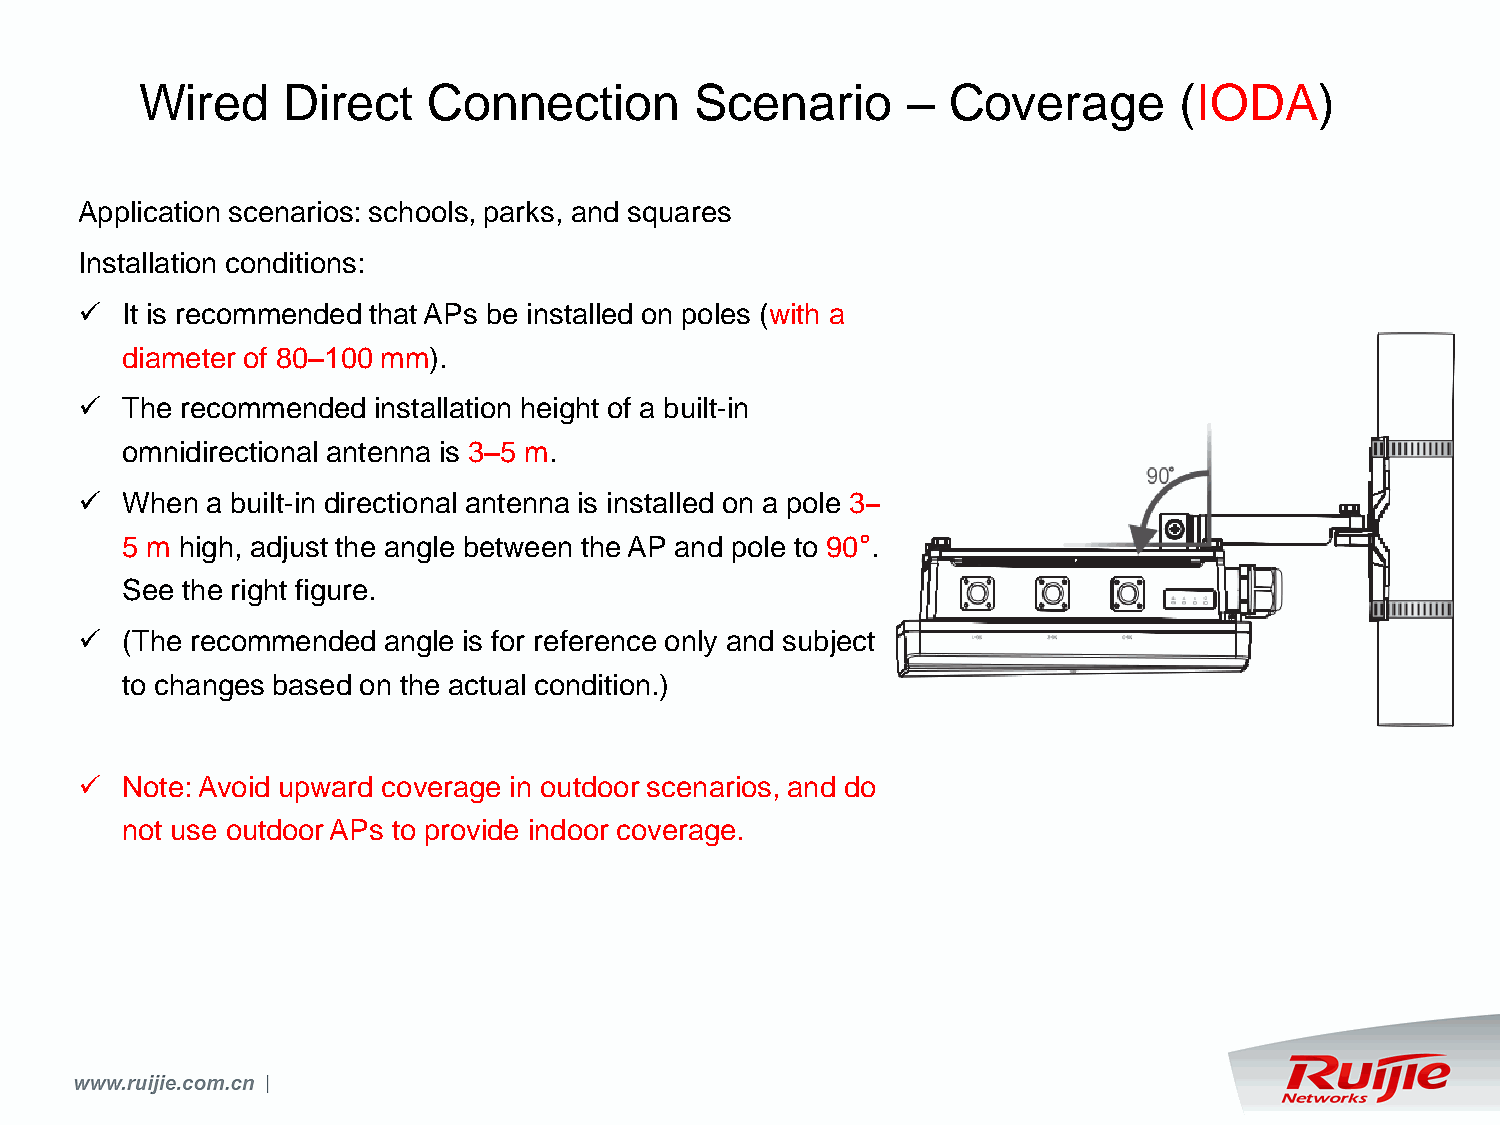
Wired     Direct   Connection        Scenario      –  Coverage       (IODA)
 Application scenarios: schools, parks, and squares
 Installation conditions:
   It is recommended that APs be installed on poles (with a
 diameter of 80–100 mm).
   The recommended  installation height of a built-in
 omnidirectional antenna is 3–5 m.
   When  a built-in directional antenna is installed on a pole 3–
 5 m high, adjust the angle between the AP and pole to 90°.
 See the right figure.
   (The recommended angle is for reference only and subject
 to changes based on the actual condition.)
   Note: Avoid upward coverage in outdoor scenarios, and do
 not use outdoor APs to provide indoor coverage.